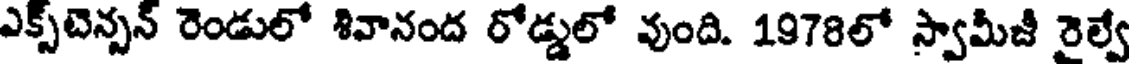
ఎక్స్టెన్సన్ రెండులో శివానంద రోడ్డులో వుంది. 1978లో స్వామీజీ రైల్వే